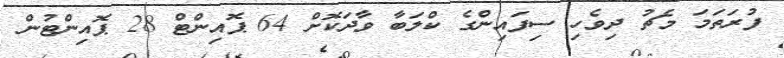
ފުރަތަމަ މެޗު ދިވެހި ސިފައިންގެ ކްލަބާ ވާދަކޮށް 64 ޕޮއިންޓް 28 ޕޮއިންޓުން